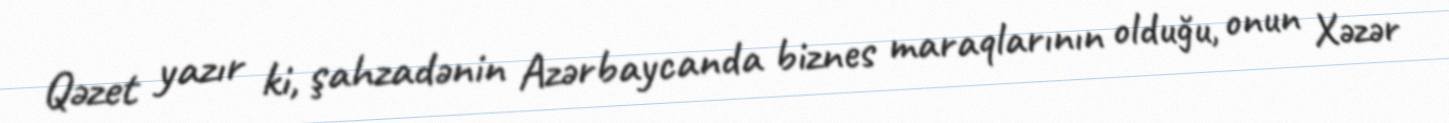
Qəzet yazır ki, şahzadənin Azərbaycanda biznes maraqlarının olduğu, onun Xəzər